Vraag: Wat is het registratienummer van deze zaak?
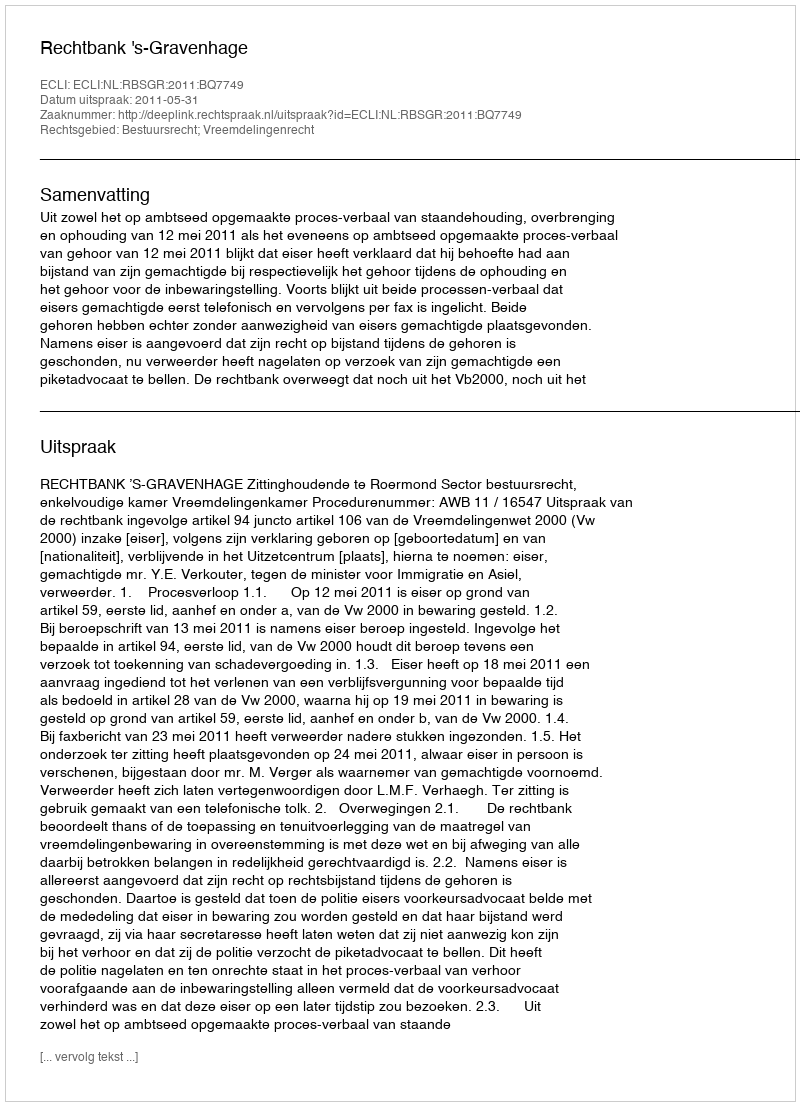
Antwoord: http://deeplink.rechtspraak.nl/uitspraak?id=ECLI:NL:RBSGR:2011:BQ7749